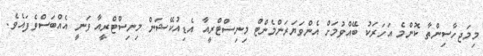
މިމަޖހާސިންތާ ކޮންމެ އަހަރަކު ބޭއްވުމަށް އެންވަޔަރަންމެންޓް މިނިސްޓްރީއާ އެޑިއުކޭޝަން މިނިސްޓްރީއާ ވަނީ އެއްބަސްވެފައެވެ.